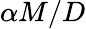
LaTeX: \alpha M/D